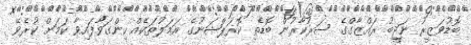
ބޮޑުވަޒީރު ނަޖީބު ރައްޒާގްގެ ސަރުކާރުން ބޮޑެތި ކޮރަޕްޝަނުގެ އަމަލުތަކެއް ހިންގަވާފައިވާ ކަަމަށް ކުރެވޭ